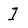
Character: I